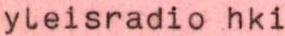
yleisradio hki